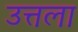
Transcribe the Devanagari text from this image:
उत्तला